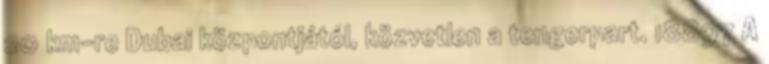
20 km-re Dubai központjától, közvetlen a tengerpart. 18897 A